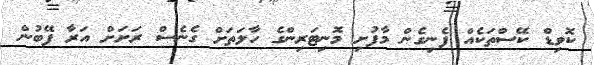
ކޮވިޑް ކޭސްތަކެއް ފެނިގެން މާފުށި މޮނިޓަރިންގެ ހާލަތަށް ގެނެސް ރަށަށް އަރާ ފޭބުން